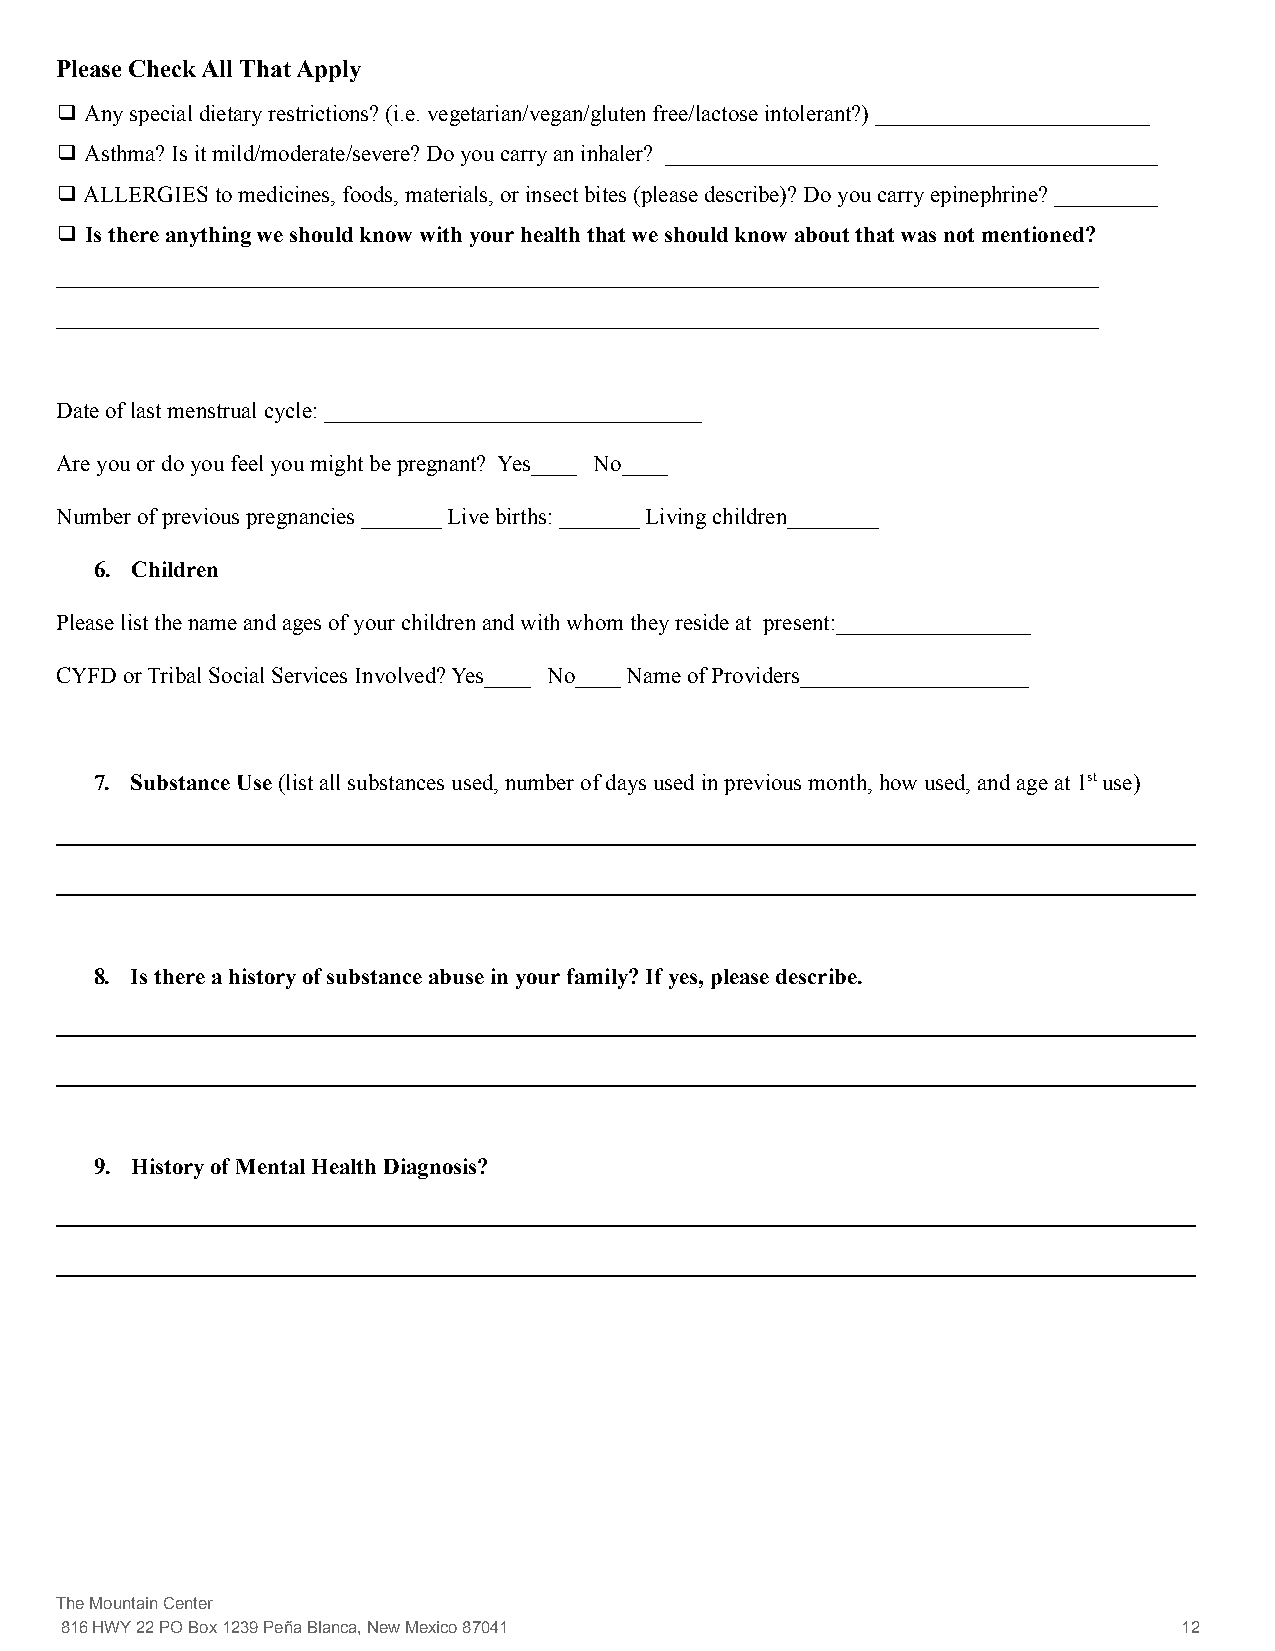
Please Check All That Apply
 ❑ Any special dietary restrictions? (i.e. vegetarian/vegan/gluten free/lactose intolerant?) ________________________
 ❑ Asthma? Is it mild/moderate/severe? Do you carry an inhaler? ___________________________________________
 ❑ ALLERGIES to medicines, foods, materials, or insect bites (please describe)? Do you carry epinephrine? _________
 ❑Is there anything we should know with your healththat we should know about that was not mentioned?
 ___________________________________________________________________________________________
 ___________________________________________________________________________________________
 Date of last menstrual cycle: _________________________________
 Are you or do you feel you might be pregnant? Yes____ No____
 Number of previous pregnancies _______ Live births: _______ Living children________
 6. Children
 Please list the name and ages of your children and with whom they reside at present:_________________
 CYFD or Tribal Social Services Involved? Yes____ No____ Name of Providers____________________
 7. Substance Use(list all substances used, number ofdays used in previous month, how used, and age at 1stuse)
 _____________________________________________________________________________________________________________
 _____________________________________________________________________________________________________________
 8. Is there a history of substance abuse in your family? If yes, please describe.
 _____________________________________________________________________________________________________________
 _____________________________________________________________________________________________________________
 9. History of Mental Health Diagnosis?
 _____________________________________________________________________________________________________________
 _____________________________________________________________________________________________________________
 The Mountain Center
 816 HWY 22 PO Box 1239 Peña Blanca, New Mexico 87041                      12